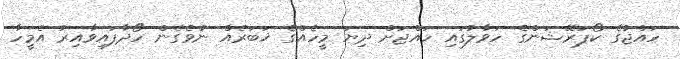
ހައްޖުގެ ކޯޕަރޭޝަންގެ ހަވާލުގައި ހައްޖަށް ދިޔަ މީހެއްގެ ޚަބަރެއް ނުވެގެން ހޯދާފައިވާއިރު އެމީހާ